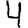
Digit: 4